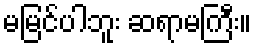
မမြင်ပါဘူး ဆရာမကြီး။